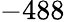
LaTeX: -488